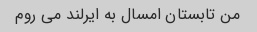
من تابستان امسال به ایرلند می روم